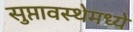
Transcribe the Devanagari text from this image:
सुप्तावस्थेमध्ये